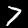
Label: 7